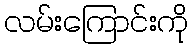
လမ်းကြောင်းကို